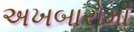
અખબારોમાઁ